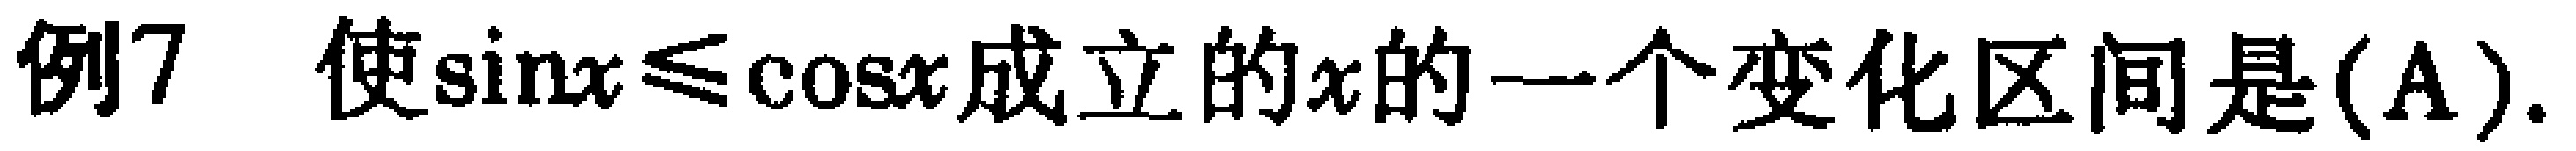
例7 使\(\sin x\leqslant\cos x\)成立的\(x\)的一个变化区间是(A).